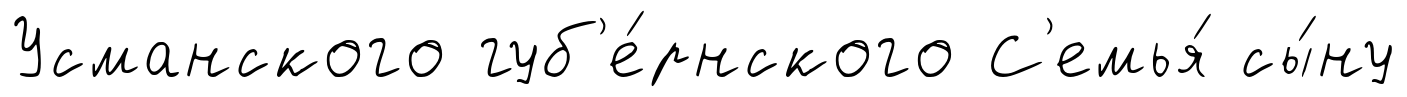
Усманского губ'е́рнского С'емья́ сы́ну